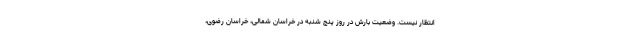
انتظار نیست. وضعیت بارش در روز پنج شنبه در خراسان شمالی، خراسان رضوی،